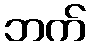
ဘက်